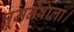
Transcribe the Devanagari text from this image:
घूमनेवाला।